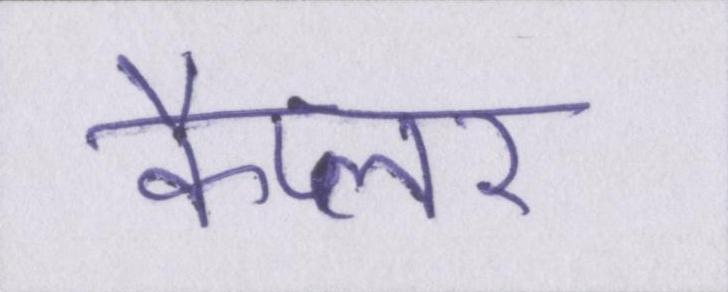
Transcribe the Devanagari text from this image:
कैप्लर